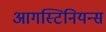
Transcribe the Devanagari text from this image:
आगस्टिनियन्स